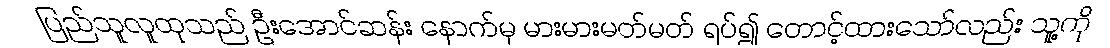
ပြည်သူလူထုသည် ဦးအောင်ဆန်း နောက်မှ မားမားမတ်မတ် ရပ်၍ တောင့်ထားသော်လည်း သူ့ကို